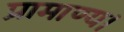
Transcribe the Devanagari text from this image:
प्रामाण्य।